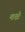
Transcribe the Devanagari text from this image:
माक्षी